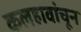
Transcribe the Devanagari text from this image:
कलहावांचून